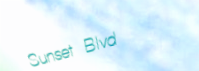
Sunset Blvd